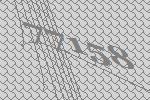
77158